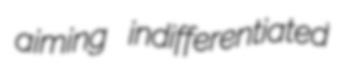
aiming indifferentiated